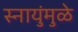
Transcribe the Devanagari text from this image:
स्नायुंमुळे